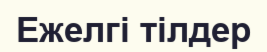
Ежелгі тілдер